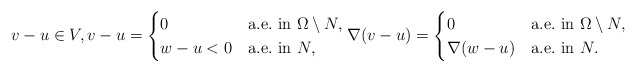
\begin{align*}v-u\in V,v-u=\begin{cases} 0&\mbox{a.e.~in }\Omega\setminus N,\\ w- u <0&\mbox{a.e.~in }N, \end{cases}\nabla (v-u)=\begin{cases} 0&\mbox{a.e.~in }\Omega\setminus N,\\ \nabla (w-u)&\mbox{a.e.~in }N. \end{cases}\end{align*}